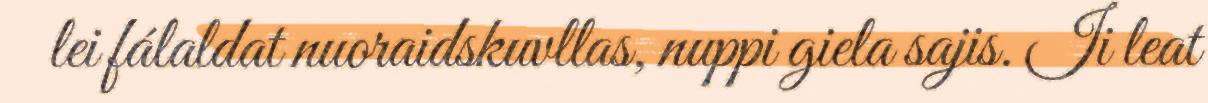
lei fálaldat nuoraidskuvllas, nuppi giela sajis. Ii leat